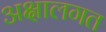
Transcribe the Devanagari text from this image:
अक्षालगत